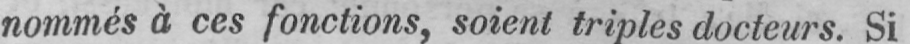
nommés à ces fonctions, soient triples docteurs. Si